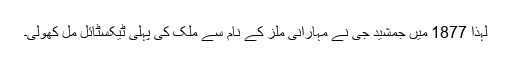
لہٰذا 1877 میں جمشید جی نے مہارانی ملز کے نام سے ملک کی پہلی ٹیکسٹائل ملِ کھولی۔